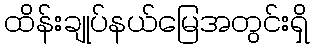
ထိန်းချုပ်နယ်မြေအတွင်းရှိ